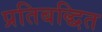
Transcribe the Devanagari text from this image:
प्रतिबद्धित